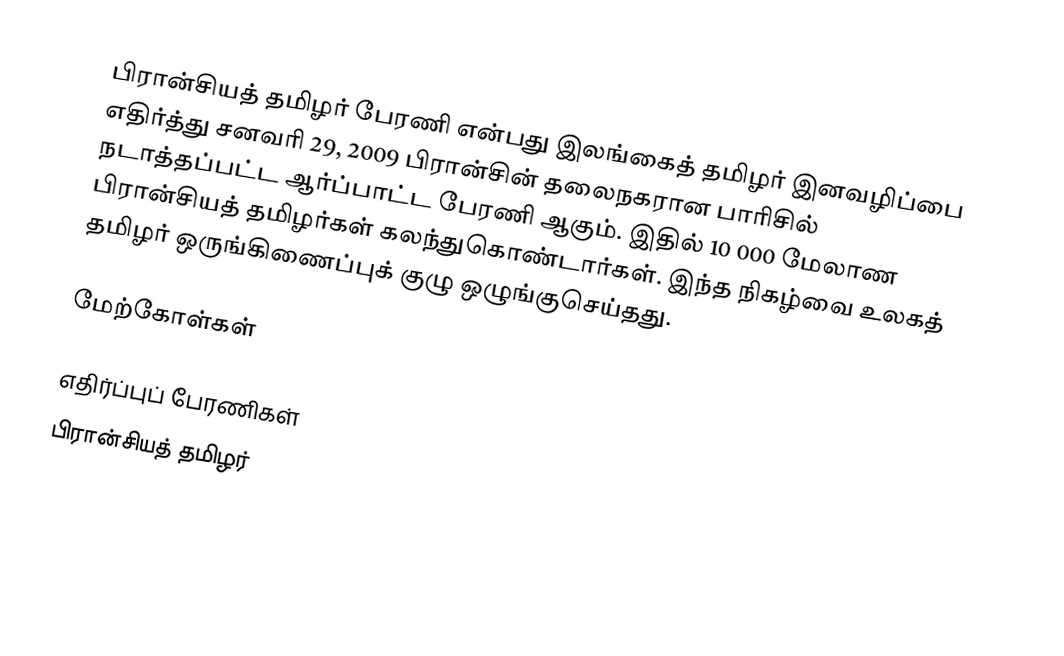
பிரான்சியத் தமிழர் பேரணி என்பது இலங்கைத் தமிழர் இனவழிப்பை எதிர்த்து சனவரி 29, 2009 பிரான்சின் தலைநகரான பாரிசில் நடாத்தப்பட்ட ஆர்ப்பாட்ட பேரணி ஆகும்.  இதில் 10 000 மேலாண பிரான்சியத் தமிழர்கள் கலந்துகொண்டார்கள்.  இந்த நிகழ்வை உலகத் தமிழர் ஒருங்கிணைப்புக் குழு ஒழுங்குசெய்தது.

மேற்கோள்கள்

எதிர்ப்புப் பேரணிகள்
பிரான்சியத் தமிழர்